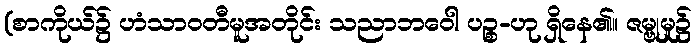
(စာကိုယ်၌ ဟံသာဝတီမူအတိုင်း သညာဘဝေါ ပဉ္စ-ဟု ရှိနေ၏။ ဇမ္ဗုမှု၌